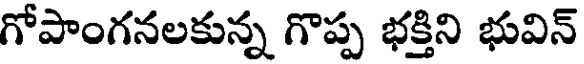
గోపాంగనలకున్న గొప్ప భక్తిని భువిన్